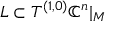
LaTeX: L \subset T ^ { ( 1 , 0 ) } \mathbb { C } ^ { n } | _ { M }